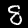
Label: 8